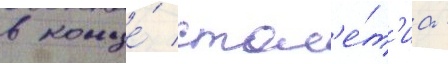
в конце́ стол'е́т'иа -